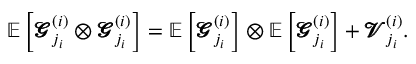
\mathbb { E } \left[ \pmb { \mathscr { G } } _ { j _ { i } } ^ { ( i ) } \otimes \pmb { \mathscr { G } } _ { j _ { i } } ^ { ( i ) } \right] = \mathbb { E } \left[ \pmb { \mathscr { G } } _ { j _ { i } } ^ { ( i ) } \right] \otimes \mathbb { E } \left[ \pmb { \mathscr { G } } _ { j _ { i } } ^ { ( i ) } \right] + \pmb { \mathscr { V } } _ { j _ { i } } ^ { ( i ) } .